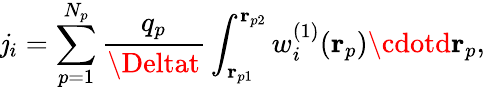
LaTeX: \mathit{j}_{i}=\sum_{p=1}^{N_{p}}\frac{{q_{p}}}{{\Deltat}}\int_{\mathbf{{r}}_{p1}}^{\mathbf{{r}}_{p2}}w_{i}^{(1)}(\mathbf{{r}}_{p})\cdotd\mathbf{{r}}_{p},